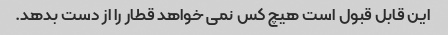
این قابل قبول است هیچ کس نمی خواهد قطار را از دست بدهد.